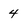
Character: 4